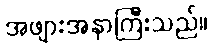
အဖျားအနာကြီးသည်။